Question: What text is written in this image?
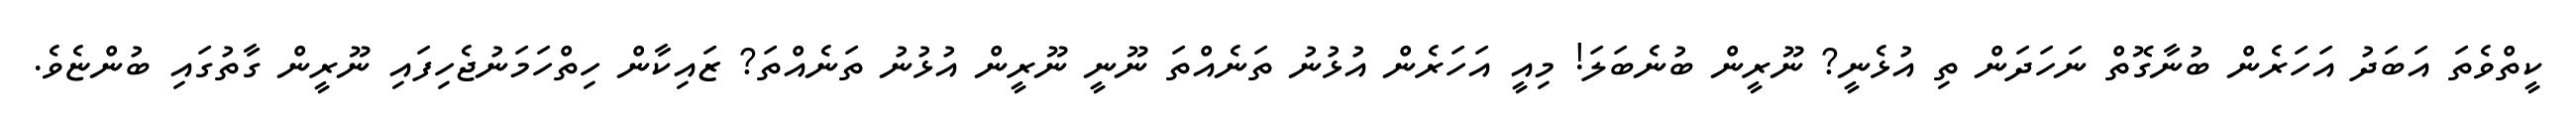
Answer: ކީތްވެތަ އަބަދު އަހަރެން ބުނާގޮތް ނަހަދަން ތި އުޅެނީ? ނޫރީން ބުނެބަލަ! މިއީ އަހަރެން އުޅުނު ތަނެއްތަ ނޫނީ ނޫރީން އުޅުނު ތަނެއްތަ? ޒައިކާން ހިތްހަމަނުޖެހިފައި ނޫރީން ގާތުގައި ބުންޏެވެ.